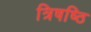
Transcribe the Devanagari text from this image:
त्रिषष्ठि